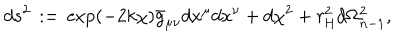
LaTeX: d s ^ { 2 } \, : = \, \exp \left( - 2 k \chi \right) \bar { g } _ { \mu \nu } d x ^ { \mu } d x ^ { \nu } + d \chi ^ { 2 } + r _ { \mathrm { H } } ^ { 2 } d \Omega _ { n - 1 } ^ { 2 } ,